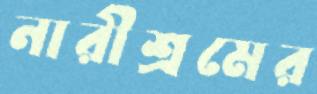
নারীশ্রমের